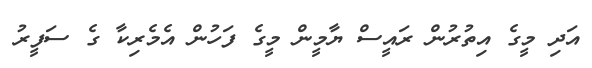
އަދި މީގެ އިތުރުން ރައީސް ޔާމީން މީގެ ފަހުން އެމެރިކާ ގެ ސަފީރު